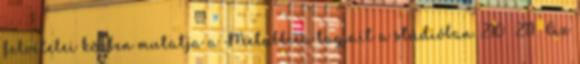
felvételei közben mutatja a Metallica tagjait a stúdióban. 210 211 Az